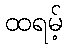
ထရမ့်